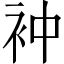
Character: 衶